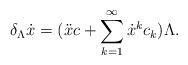
LaTeX: \begin{align*}\delta_{\Lambda}\dot{x}=(\ddot{x} c +\sum_{k=1}^{\infty}\dot{x}^{k} c_{k})\Lambda .\end{align*}